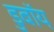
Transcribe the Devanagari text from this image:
डुबॉय